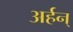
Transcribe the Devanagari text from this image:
अर्हन्